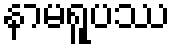
နာမရူပဿ